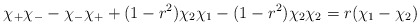
\begin{align*}\chi_+ \chi_- - \chi_- \chi_+ + (1-r^2) \chi_2 \chi_1-(1-r^2)\chi_2 \chi_2 = r (\chi_1-\chi_2)\end{align*}